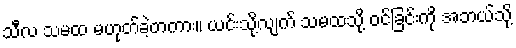
သီလ သမထ မဟုတ်ခဲ့တကား။ ယင်းသို့လျက် သမထသို့ ဝင်ခြင်းကို အဘယ်သို့